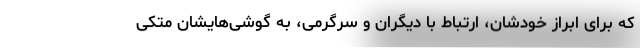
که برای ابراز خودشان، ارتباط با دیگران و سرگرمی، به گوشی‌هایشان متکی